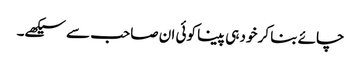
چائے بنا کر خود ہی پینا کوئی ان صاحب سے سیکھے۔